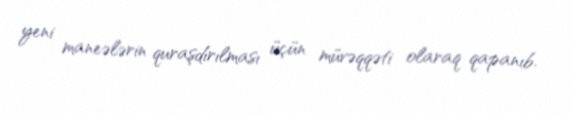
yeni maneələrin quraşdırılması üçün müvəqqəti olaraq qapanıb.